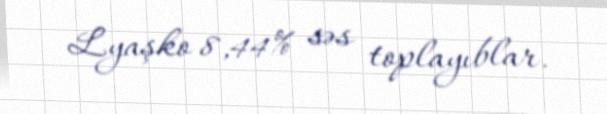
Lyaşko 8,44% səs toplayıblar.